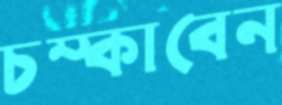
চম্‌কাবেন